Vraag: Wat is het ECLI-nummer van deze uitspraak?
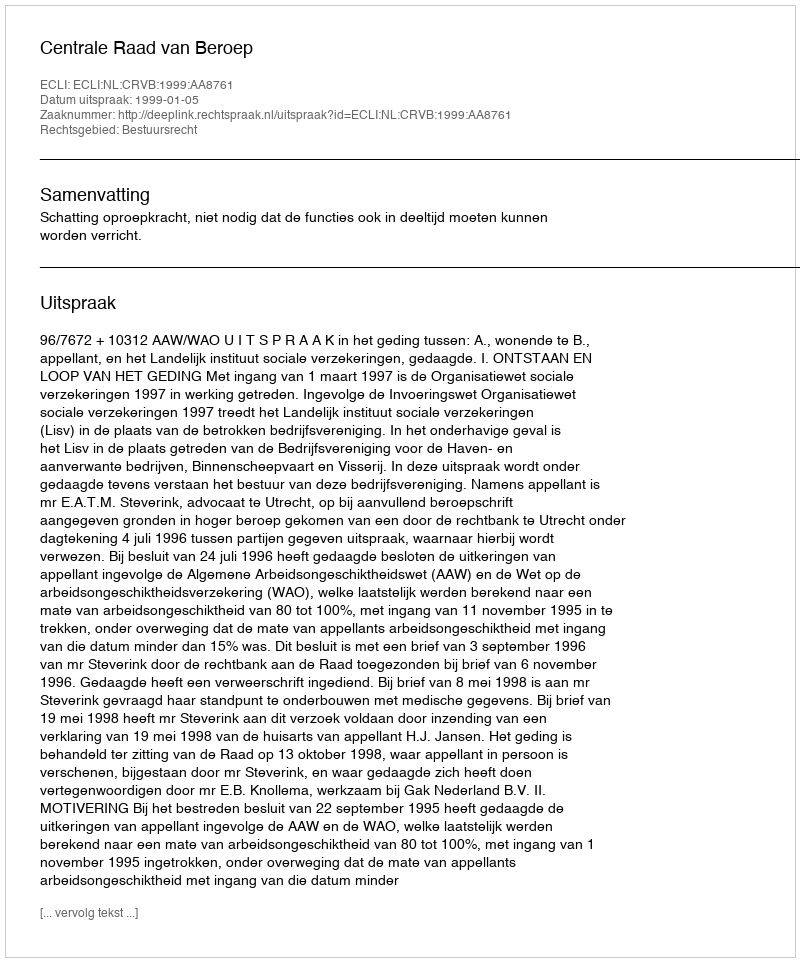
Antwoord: ECLI:NL:CRVB:1999:AA8761